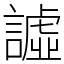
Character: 譃